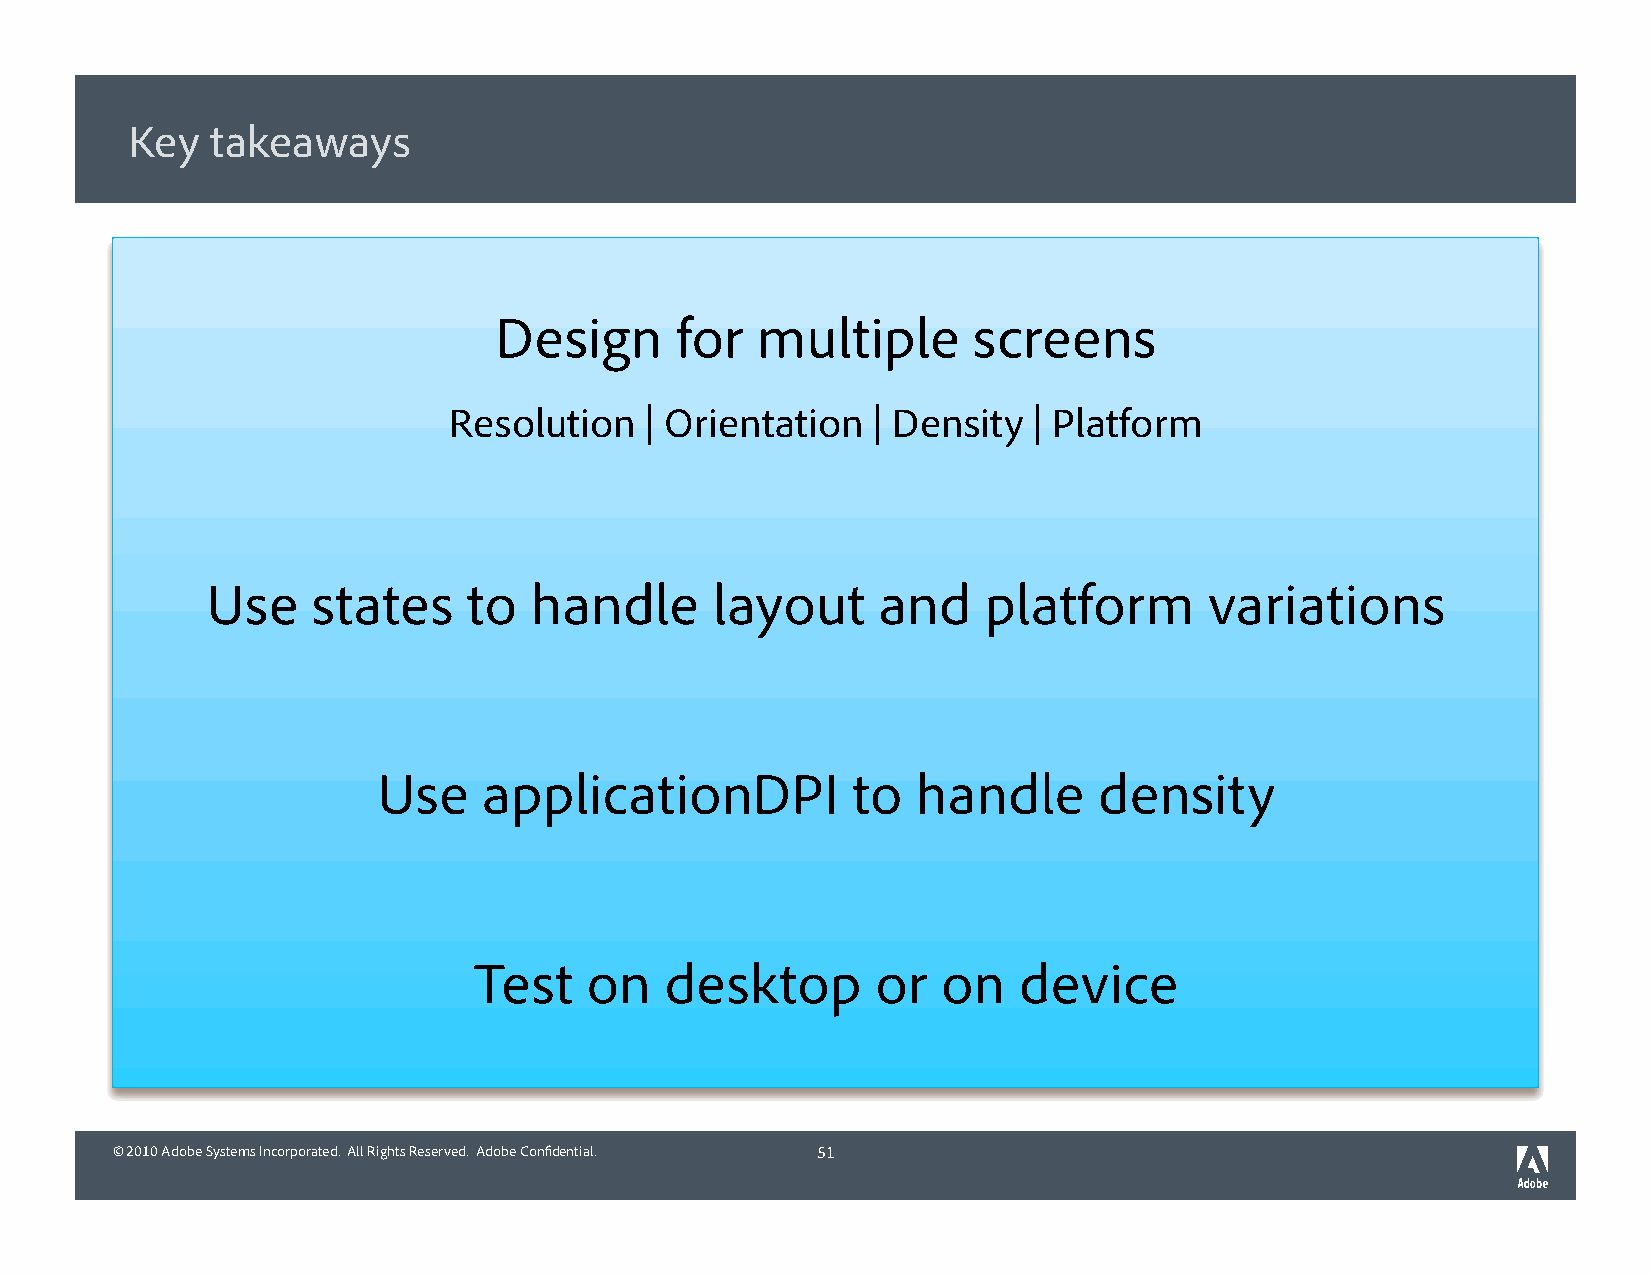
Key   takeaways
 Design      for  multiple      screens
 Resolution   | Orientation  | Density | Platform
 Use    states    to  handle      layout     and    platform       variations
 Use    applicationDPI          to   handle      density
 Test    on   desktop       or  on   device
 © 2010 Adobe Systems Incorporated. All Rights Reserved. Adobe Confidential. 51